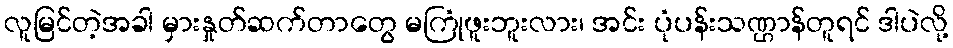
လူမြင်တဲ့အခါ မှားနှုတ်ဆက်တာတွေ မကြုံဖူးဘူးလား၊ အင်း ပုံပန်းသဏ္ဌာန်တူရင် ဒါပဲလို့